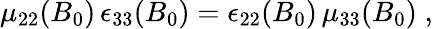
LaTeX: \begin{array}{r}{\mu_{22}(B_{0})\, \epsilon_{33}(B_{0})=\epsilon_{22}(B_{0})\, \mu_{33}(B_{0})\; ,}\end{array}